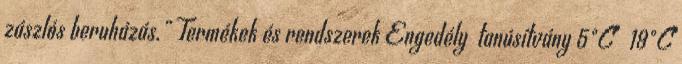
zászlós beruházás.” Termékek és rendszerek Engedély tanúsítvány 5°C 19°C